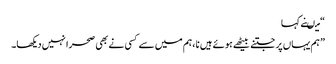
“ میںنے کہا
” ہم یہاں پر جتنے بیٹھے ہوئے ہیں نا ،ہم میں سے کسی نے بھی صحرا نہیں دیکھا۔